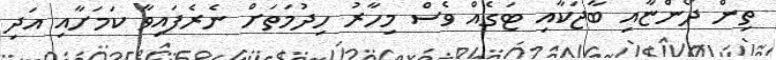
ތިން ދޯންޏާއި ބާޖަކާއި ޓަގެއް ވެސް މިހާރު ހިދުމަތަށް ނެރެފައިވާ ކަމަށާއި އަދި